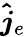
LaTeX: \boldsymbol{\hat{j}}_{e}